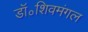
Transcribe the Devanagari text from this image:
डॉ॰शिवमंगल